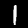
Digit: 1